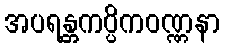
အပရန္တကပ္ပိကဝဏ္ဏနာ